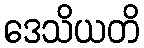
ဒေသိယတိ